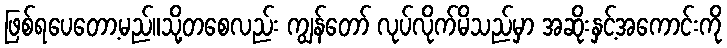
ဖြစ်ရပေတော့မည်။သို့တစေလည်း ကျွန်တော် လုပ်လိုက်မိသည်မှာ အဆိုးနှင့်အကောင်းကို